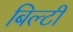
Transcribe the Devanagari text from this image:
बिल्टी